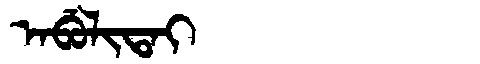
Manchu: ᠠᠪᡠᠯᡳᡨᠠᡳ
Romanization: ABULITAI